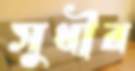
সুধীর